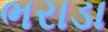
ભરાડા